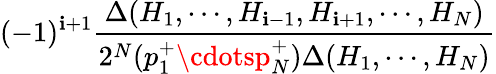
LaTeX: (-1)^{\mathbf{i}+1}{\frac{{\Delta(H_{1},\cdots,H_{\mathbf{i}-1},H_{\mathbf{i}+1},\cdots,H_{N})}}{{2^{N}(p_{1}^{+}\cdotsp_{N}^{+})\Delta(H_{1},\cdots,H_{N})}}}